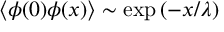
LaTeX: \langle \phi ( 0 ) \phi ( x ) \rangle \sim \exp \left( - x / \lambda \right)